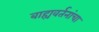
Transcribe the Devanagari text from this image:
बाह्यवर्तनांचा